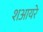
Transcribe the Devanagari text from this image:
शआयरे